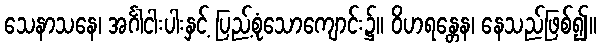
သေနာသနေ၊ အင်္ဂါငါးပါးနှင့် ပြည့်စုံသောကျောင်း၌။ ဝိဟရန္တေန၊ နေသည်ဖြစ်၍။